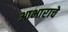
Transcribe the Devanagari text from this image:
आभाराचे